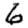
Digit: 6